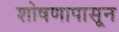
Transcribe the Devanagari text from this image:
शोषणापासून